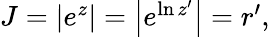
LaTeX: \begin{array}{r}{J=\left|e^{z}\right|=\left|e^{\ln z^{\prime}}\right|=r^{\prime},}\end{array}